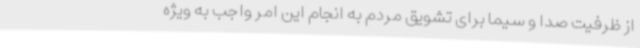
از ظرفیت صدا و سیما برای تشویق مردم به انجام این امر واجب به ویژه